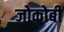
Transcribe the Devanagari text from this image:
जोकोबी